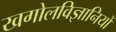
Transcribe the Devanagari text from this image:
खगोलविज्ञानियों